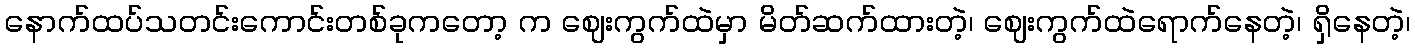
နောက်ထပ်သတင်းကောင်းတစ်ခုကတော့ က ဈေးကွက်ထဲမှာ မိတ်ဆက်ထားတဲ့၊ ဈေးကွက်ထဲရောက်နေတဲ့၊ ရှိနေတဲ့၊